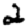
Digit: 2